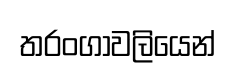
තරංගාවලියෙන්